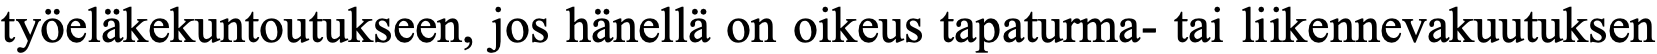
työeläkekuntoutukseen, jos hänellä on oikeus tapaturma- tai liikennevakuutuksen